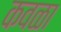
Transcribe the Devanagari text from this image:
कवळा